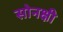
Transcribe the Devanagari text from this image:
सोनक्षी